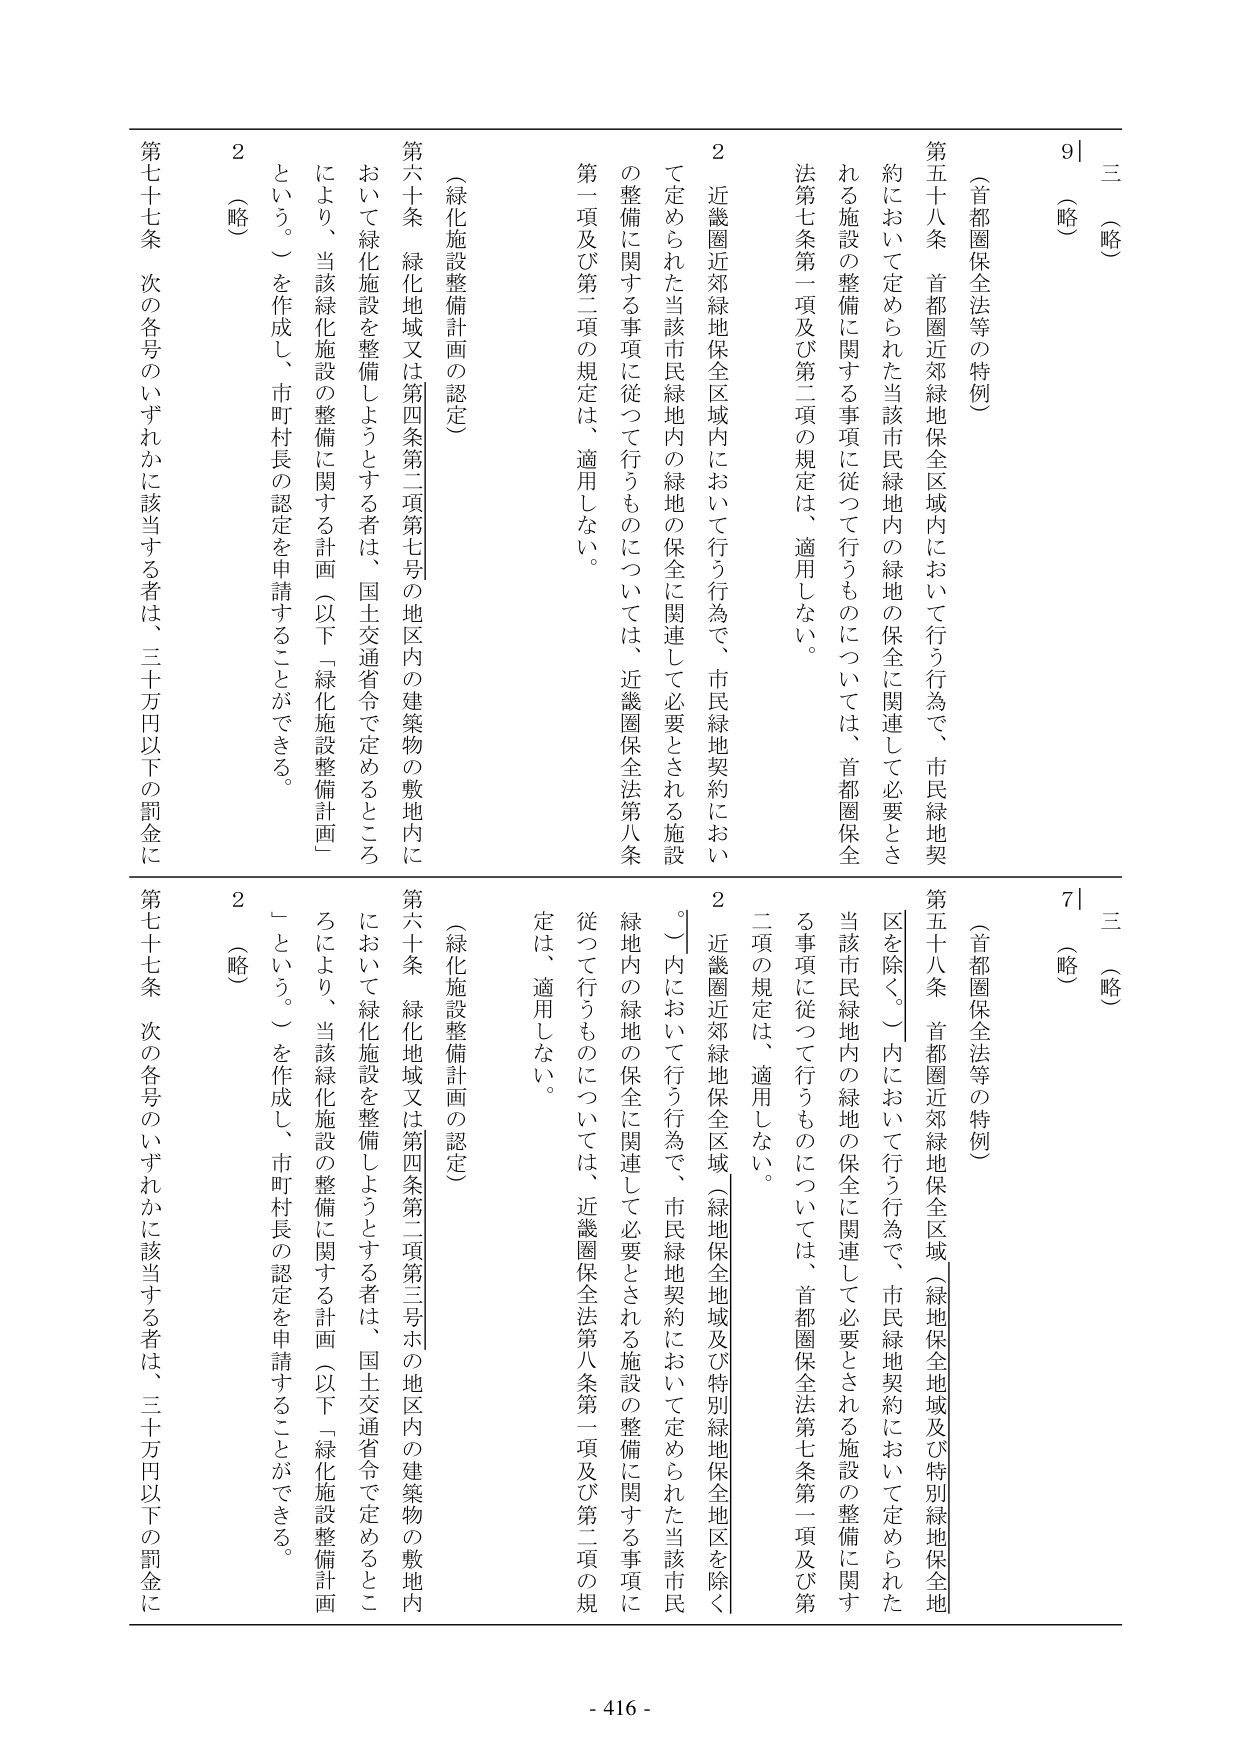
三（略）
9｜
（首都圏保全法等の特例）
第五十八条 首都圏近郊緑地保全区域内において行う行為で、市民緑地契約において定められた当該市民緑地内の緑地の保全に関連して必要とされる施設の整備に関する事項に従って行うものについては、首都圏保全法第七条第一項及び第二項の規定は、適用しない。
2 近畿圏近郊緑地保全区域内において行う行為で、市民緑地契約において定められた当該市民緑地内の緑地の保全に関連して必要とされる施設の整備に関する事項に従って行うものについては、近畿圏保全法第八条第一項及び第二項の規定は、適用しない。
（緑化施設整備計画の認定）
第六十条 緑化地域又は第四条第二項第七号の地区内の建築物の敷地内において緑化施設を整備しようとする者は、国土交通省令で定めるところにより、当該緑化施設の整備に関する計画（以下「緑化施設整備計画」という。）を作成し、市町村長の認定を申請することができる。
2（略）
第七十七条 次の各号のいずれかに該当する者は、三十万円以下の罰金に

三（略）
7｜
（首都圏保全法等の特例）
第五十八条 首都圏近郊緑地保全区域（緑地保全地域及び特別緑地保全地区を除く。）内において行う行為で、市民緑地契約において定められた当該市民緑地内の緑地の保全に関連して必要とされる施設の整備に関する事項に従って行うものについては、首都圏保全法第七条第一項及び第二項の規定は、適用しない。
2 近畿圏近郊緑地保全区域（緑地保全地域及び特別緑地保全地区を除く。）内において行う行為で、市民緑地契約において定められた当該市民緑地内の緑地の保全に関連して必要とされる施設の整備に関する事項に従って行うものについては、近畿圏保全法第八条第一項及び第二項の規定は、適用しない。
（緑化施設整備計画の認定）
第六十条 緑化地域又は第四条第二項第三号ホの地区内の建築物の敷地内において緑化施設を整備しようとする者は、国土交通省令で定めるところにより、当該緑化施設の整備に関する計画（以下「緑化施設整備計画」という。）を作成し、市町村長の認定を申請することができる。
2（略）
第七十七条 次の各号のいずれかに該当する者は、三十万円以下の罰金に

- 416 -